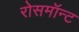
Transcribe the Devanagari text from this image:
रोसमॉन्ट